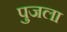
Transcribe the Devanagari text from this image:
पुजला